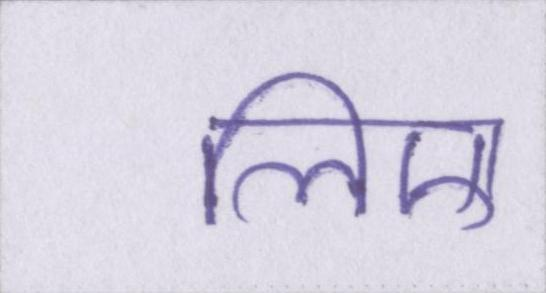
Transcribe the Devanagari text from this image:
लिए